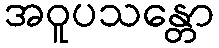
အဝူပသန္တော